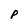
Character: p